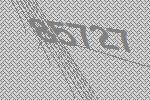
85727